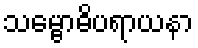
သမ္ဗောဓိပရာယနာ